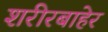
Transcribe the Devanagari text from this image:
शरीरबाहेर